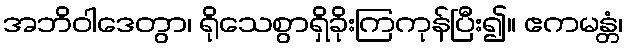
အဘိဝါဒေတွာ၊ ရိုသေစွာရှိခိုးကြကုန်ပြီး၍။ ဧကမန္တံ၊